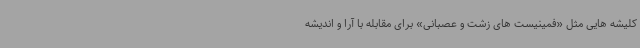
کلیشه هایی مثل «فمینیست های زشت و عصبانی» برای مقابله با آرا و اندیشه